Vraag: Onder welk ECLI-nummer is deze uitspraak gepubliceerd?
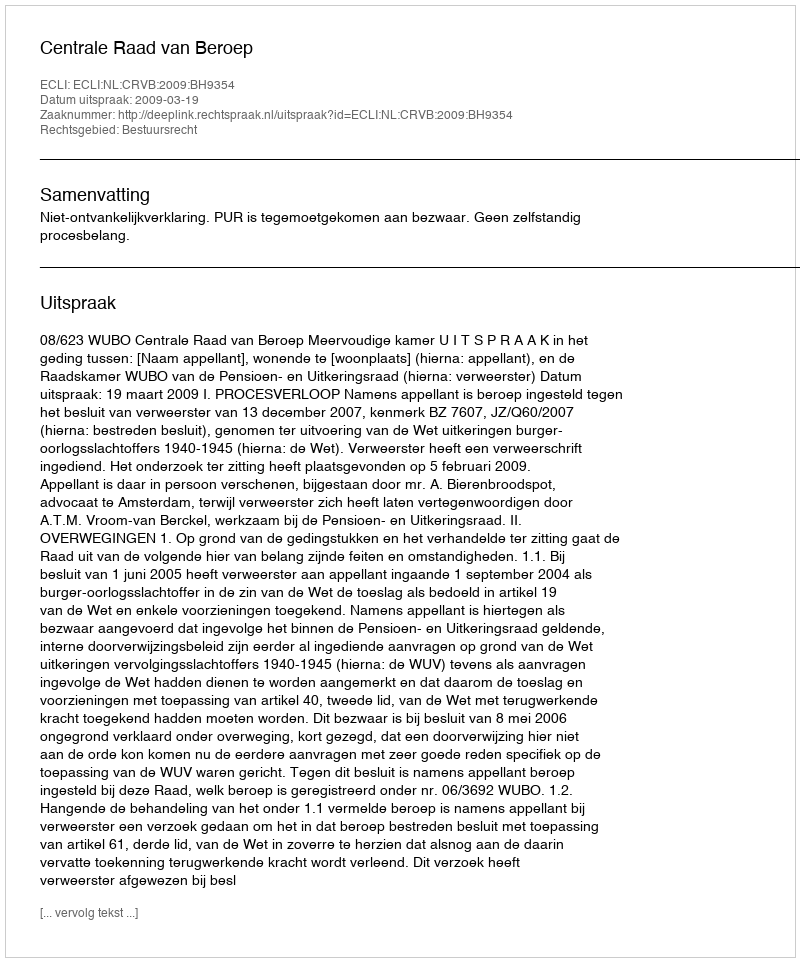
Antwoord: ECLI:NL:CRVB:2009:BH9354